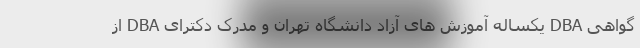
گواهی DBA یکساله آموزش های آزاد دانشگاه تهران و مدرک دکترای DBA از